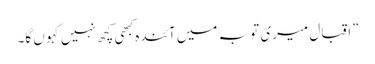
”اقبال میری تو بہ میں آئندہ کبھی کچھ نہیں کہو ں گا۔